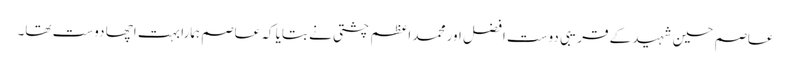
عاصم حسین شہید کے قریبی دوست افضل اور محمد اعظم چشتی نے بتایا کہ عاصم ہمارا بہت اچھا دوست تھا۔